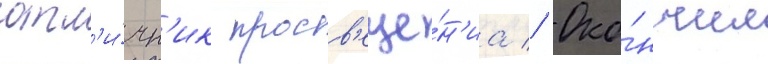
отл'и́чн'ик просв'еще́н'иа // Око́нчил